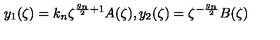
y _ { 1 } ( \zeta ) = k _ { n } \zeta ^ { \frac { g _ { n } } { 2 } + 1 } A ( \zeta ) , y _ { 2 } ( \zeta ) = \zeta ^ { - \frac { g _ { n } } { 2 } } B ( \zeta )